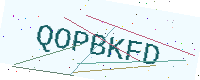
Text: QOPBKFD